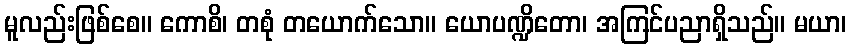
မူလည်းဖြစ်စေ။ ကောစိ၊ တစုံ တယောက်သော။ ယောပဏ္ဍိတော၊ အကြင်ပညာရှိသည်။ မယာ၊